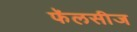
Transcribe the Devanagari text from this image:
फॅलसीज